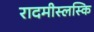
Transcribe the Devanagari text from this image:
रादमीस्लस्कि